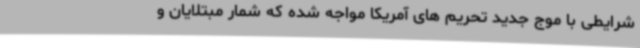
شرایطی با موج جدید تحریم های آمریکا مواجه شده که شمار مبتلایان و